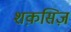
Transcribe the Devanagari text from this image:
शक़सिज़